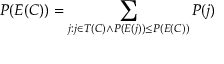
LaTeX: P ( E ( C ) ) = \sum _ { j : j \in T ( C ) \land P ( E ( j ) ) \leq P ( E ( C ) ) } P ( j )